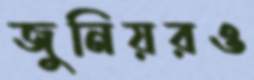
জুনিয়রও